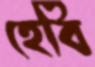
হেবি